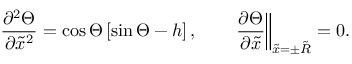
\frac { \partial ^ { 2 } \Theta } { \partial \tilde { x } ^ { 2 } } = \cos \Theta \left[ \sin \Theta - h \right] , \qquad \left. \frac { \partial \Theta } { \partial \tilde { x } } \right\Vert _ { \tilde { x } = \pm \tilde { R } } = 0 .